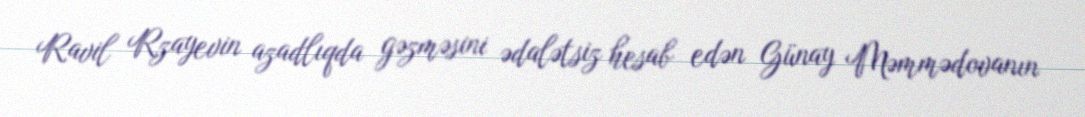
Ravil Rzayevin azadlıqda gəzməsini ədalətsiz hesab edən Günay Məmmədovanın